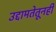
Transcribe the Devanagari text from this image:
उद्दामतेतूनही